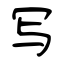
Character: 写